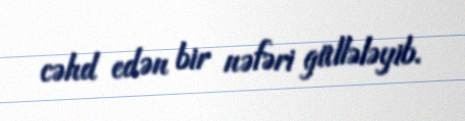
cəhd edən bir nəfəri güllələyib.